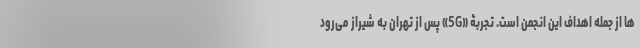
ها از جمله اهداف این انجمن است. تجربۀ «5G» پس از تهران به شیراز می‌رود